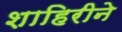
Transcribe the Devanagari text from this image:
शाहिरीने